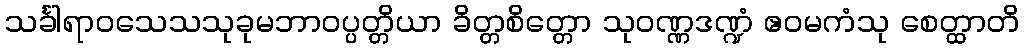
သင်္ခါရာဝသေသသုခုမဘာဝပ္ပတ္တိယာ ခိတ္တစိတ္တော သုဝဏ္ဏဒဏ္ဍံ ဧဝမကံသု စေတ္ထာတိ